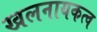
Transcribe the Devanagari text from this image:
खलनायकत्व